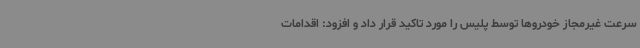
سرعت غیرمجاز خودروها توسط پلیس را مورد تاکید قرار داد و افزود: اقدامات